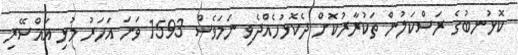
ކޮޅުނބުގެ ރަސްކަލުން ތަކުރާރުކޮށް ދެކޮޅުހެއްދެވި ނަމަވެސް 1593 ވަނަ އަހަރު މުޅި އައްސޭރި